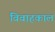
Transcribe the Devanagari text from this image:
विवाहकाल